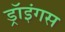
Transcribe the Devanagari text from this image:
ड्रॉइंगस